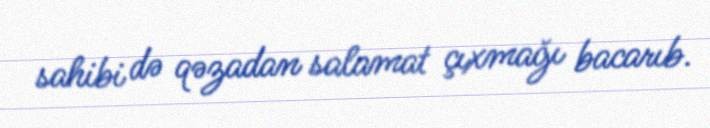
sahibi də qəzadan salamat çıxmağı bacarıb.